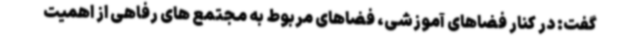
گفت: در کنار فضاهای آموزشی، فضاهای مربوط به مجتمع های رفاهی از اهمیت